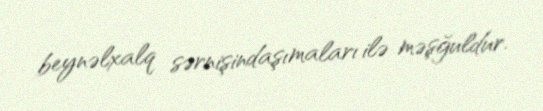
beynəlxalq sərnişindaşımaları ilə məşğuldur.